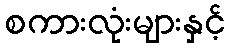
စကားလုံးများနှင့်